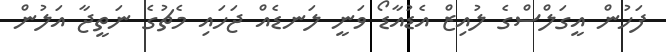
ފަހުން އީގަލްސްގެ ލުއިޒް އެޑުއާޑޯ ވަނީ ލަނޑެއް ޖަަހައި މެޗުގެ ނަތީޖާ އަލުން